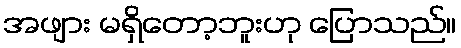
အဖျား မရှိတော့ဘူးဟု ပြောသည်။